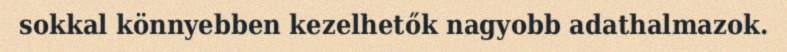
sokkal könnyebben kezelhetők nagyobb adathalmazok.